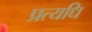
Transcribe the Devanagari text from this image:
प्रत्यधि